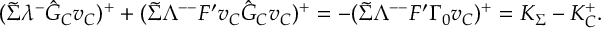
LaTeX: ( \tilde { \Sigma } \lambda ^ { - } \hat { G } _ { C } v _ { C } ) ^ { + } + ( \tilde { \Sigma } \Lambda ^ { -- } F ^ { \prime } v _ { C } \hat { G } _ { C } v _ { C } ) ^ { + } = - ( \tilde { \Sigma } \Lambda ^ { -- } F ^ { \prime } \Gamma _ { 0 } v _ { C } ) ^ { + } = K _ { \Sigma } - K _ { C } ^ { + } .